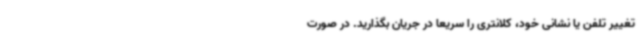
تغییر تلفن یا نشانی خود، کلانتری را سریعاً در جریان بگذارید. در صورت